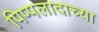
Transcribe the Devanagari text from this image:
पिप्पलादाच्या